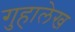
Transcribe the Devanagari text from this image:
गुहालेख